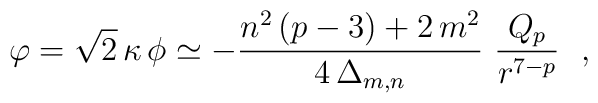
\varphi = \sqrt{2}\,\kappa\,\phi\simeq  -\frac{n^2\,(p-3)+2\,m^2}{4\,\Delta_{m,n}}~\frac{Q_p}{r^{7-p}}~~,